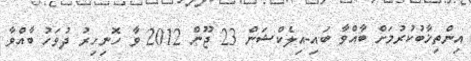
އިންތިޚާބުކުރުމަށް ބާއްވާ ބައި-އިލެކްޝަން 23 ޖޫން 2012 ވާ ހޮނިހިރު ދުވަހު ބާއްވާ